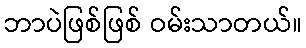
ဘာပဲဖြစ်ဖြစ် ဝမ်းသာတယ်။